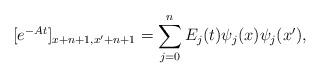
LaTeX: \begin{align*}[e^{-At}]_{x+n+1,x'+n+1}= \sum_{j=0}^nE_j(t)\psi_j(x)\psi_j(x'),\end{align*}